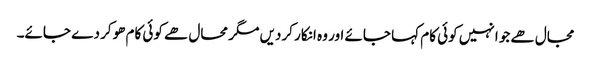
مجال ھے جو انہیں کوئی کام کہا جائے اور وہ انکار کردیں مگر محال ھے کوئی کام ھوکر دے جائے۔